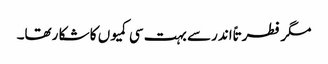
مگر فطرتاً اندرسے بہت سی کمیوں کا شکا رتھا۔